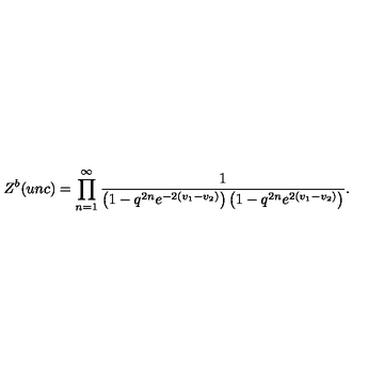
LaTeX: Z ^ { b } ( u n c ) = \prod _ { n = 1 } ^ { \infty } \frac 1 { \left( 1 - q ^ { 2 n } e ^ { - 2 ( v _ { 1 } - v _ { 2 } ) } \right) \left( 1 - q ^ { 2 n } e ^ { 2 ( v _ { 1 } - v _ { 2 } ) } \right) } .